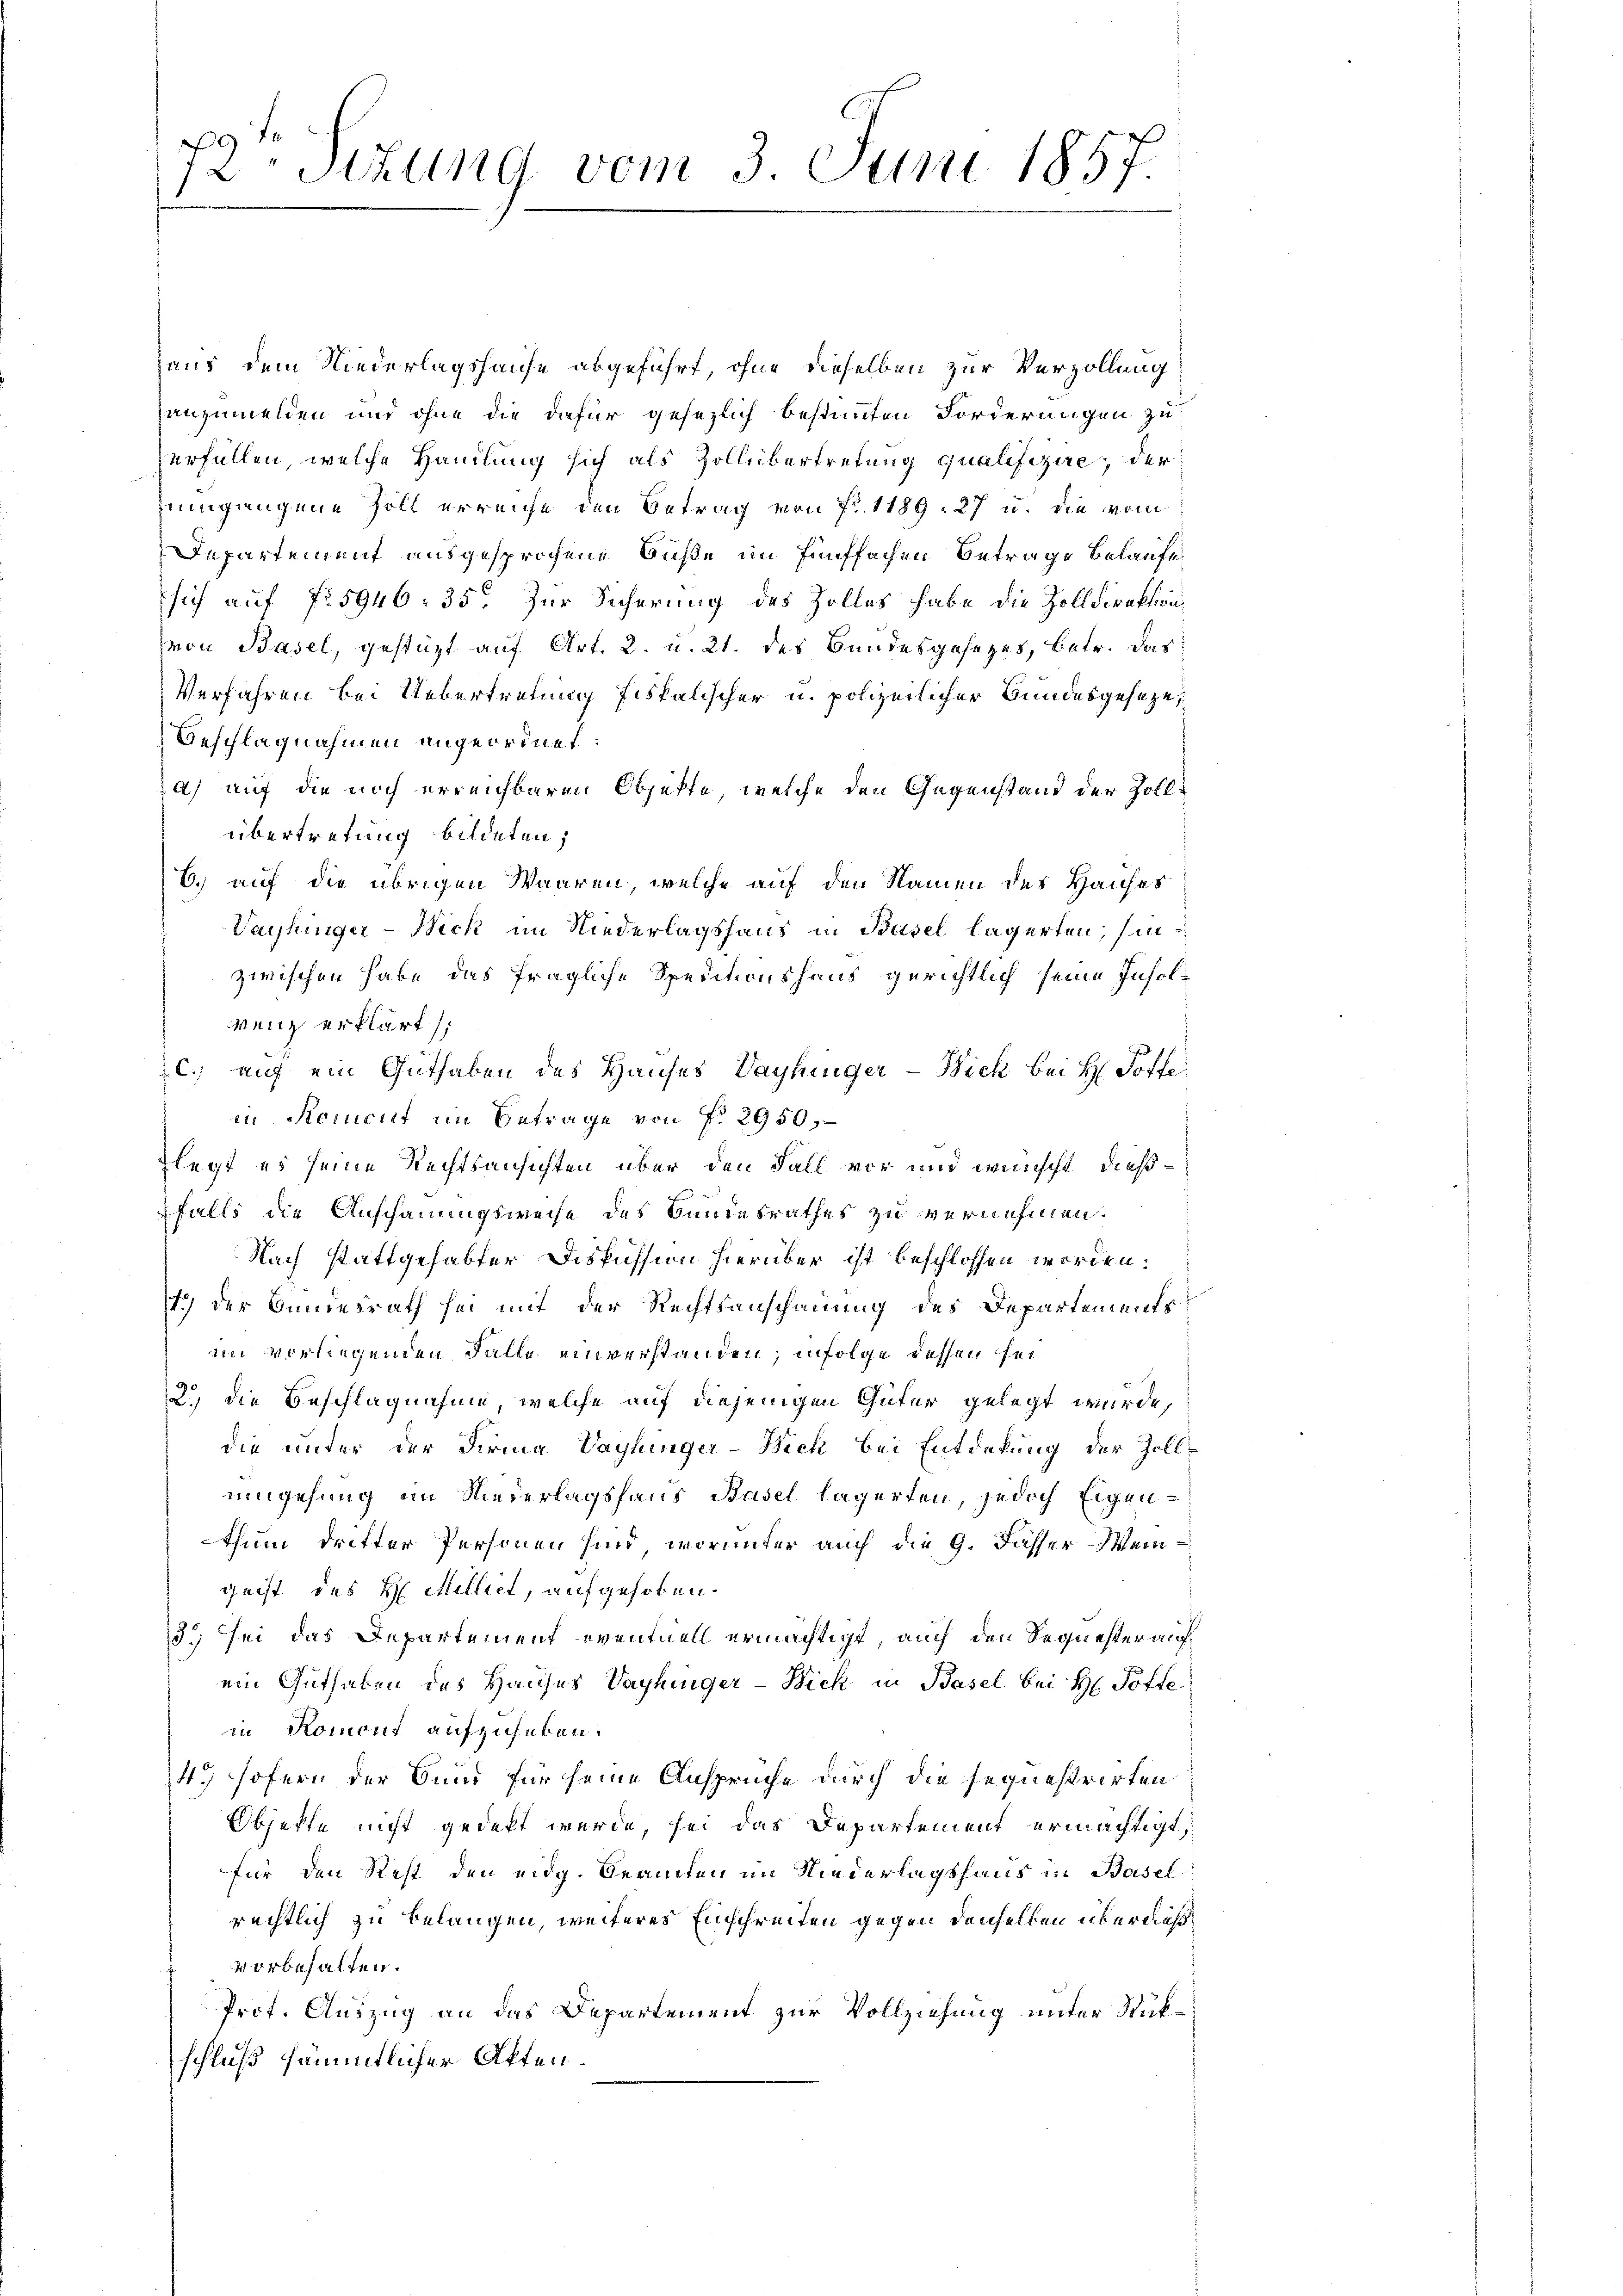
72te Sizung vom 3. Juni 1857

haus dem Niederlagshause abgeführt, ohne dieselben zur Verzöllung
anzumelden und ohne die dafür gesezlich bestimmten Forderungen zu
verfüllen, welche Handlung sich als Zollübertretung qualifizire, der
imgangene Zoll erreiche den Betrag von Fr. 1189, 27 u. die vom
Departement ausgesprochene Süße im fünffachen Betrage belaufe
sich auf fr. 5946. 35. Zur Sicherung des Zolles habe die Zolldirektion
von Basel, gestützt auf Art. 2. u. 21. des Bundesgesetzes, betr. das
Verfahren bei Uebertretung fiskalischer u. polizeilicher Bundesgeseze,
Beschlagnahmen angeordnet:
a) auf die noch erreichbaren Objekte, welche den Gegenstand der Zollübertretung bildeten;
6. auf die übrigen Waaren, welche auf den Namen des Hauses
Vaihinger-Weck im Niederlagshaus in Basel lägerten, sinzwischen habe das fragliche Speditionshaus gerichtlich seine Insolvenz erklärt:
c.) auf ein Guthaben des Hauses Vayhinger-Bick bei H. Poffe
in Remicut im Betrage von f. 2950,
flegt es seine Rechtsansichten über den Fall vor und wünscht, dießfalls die Anschauungsweise des Bundesrathes zu vernehmen.
Nach stattgehabter Diskussion hierüber ist beschlossen worden.
1.) Der Bundesrath sei mit der Rechtsanschauung des Departements
im vorliegenden Falle einverstanden; infolge dessen sei
2., die Beschlagnahme, welche auf diejenigen Güter gelegt wurde,
die unter der Firma Vayhinger-Bich bei Entdekung der Zollumgehung im Niederlagshaus Basel lägerten, jedoch Eigenthum dritter Personen sind, worunter auch die 9. Fasser Weingeist des H. Milliet, aufgehoben.
3) sei das Departement eventuell ermächtigt, auch den Sequester auf
ein Guthaben des Hauses Vayhinger-Bick in Basel bei H. Poffe
in Romont aufzuheben.
4. Hofern der Bund für seine Ansprüche durch die sequestrirten
Objekte nicht gedekt werde, sei das Departement ermächtigt,
für den Rest den eidg. Beamten im Niederlagshaus in Basel
rechtlich zu belangen, weiteres Einschreiten gegen denselben überdießvorbehalten.
Prot. Auszug an das Departement zur Vollziehung unter Stükschluß sämmtlicher Akten.